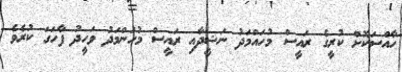
ހާއްސަކޮށް ކުރީގެ ރައީސް މުހައްމަދު ނަޝީދާއި ރައީސް މުހަންމަދު ވަހީދު ފާހަގަ ކުރެވެ